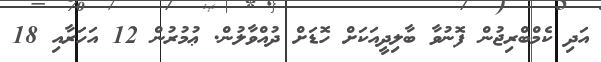
އަދި ކެމްބްރިޖުން ފޮނުވާ ބާލިދީއަކަށް ހޮޑަށް ދުއްވާލުން. ޢުމުރުން 12 އަހަރާއި 18